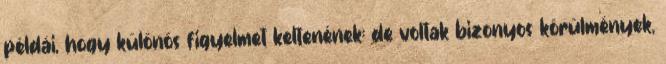
példái, hogy különös figyelmet keltenének: de voltak bizonyos körülmények,